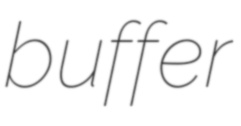
buffer